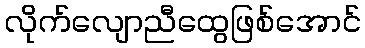
လိုက်လျောညီထွေဖြစ်အောင်